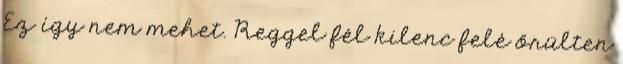
Ez így nem mehet. Reggel fél kilenc felé őrülten